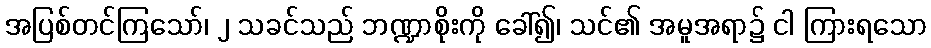
အပြစ်တင်ကြသော်၊ ၂ သခင်သည် ဘဏ္ဍာစိုးကို ခေါ်၍၊ သင်၏ အမူအရာ၌ ငါ ကြားရသော